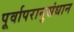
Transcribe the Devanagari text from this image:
पूर्वापरानुसंधान